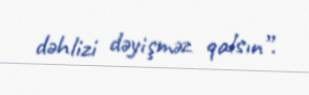
dəhlizi dəyişməz qalsın”.